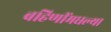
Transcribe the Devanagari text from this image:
बहिणींमधल्या